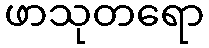
ဖာသုတရော